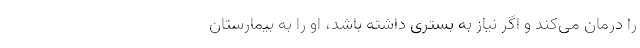
را درمان می‌کند و اگر نیاز به بستری داشته باشد، او را به بیمارستان